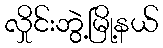
လှိုင်းဘွဲ့မြို့နယ်